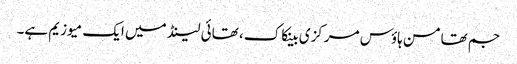
جم تھامسن ہاؤس مرکزی بینکاک ، تھائی لینڈ میں ایک میوزیم ہے۔